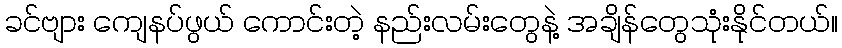
ခင်ဗျား ကျေနပ်ဖွယ် ကောင်းတဲ့ နည်းလမ်းတွေနဲ့ အချိန်တွေသုံးနိုင်တယ်။